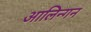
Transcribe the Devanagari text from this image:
आलिन्गन